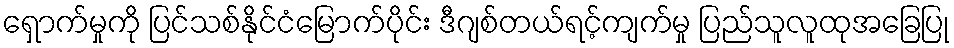
ရှောက်မှုကို ပြင်သစ်နိုင်ငံမြောက်ပိုင်း ဒီဂျစ်တယ်ရင့်ကျက်မှု ပြည်သူလူထုအခြေပြု